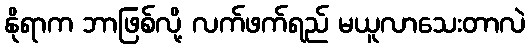
နိုရာက ဘာဖြစ်လို့ လက်ဖက်ရည် မယူလာသေးတာလဲ